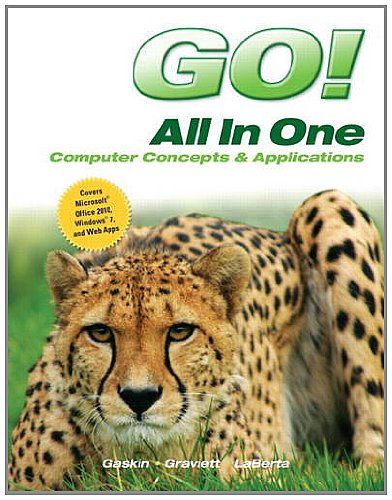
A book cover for Go! All in One: Computer Concepts and Applications; Shelley Gaskin; Business & Money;